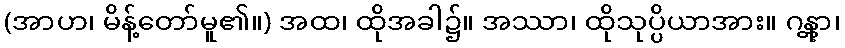
(အာဟ၊ မိန့်တော်မူ၏။) အထ၊ ထိုအခါ၌။ အဿာ၊ ထိုသုပ္ပိယာအား။ ဂန္တွာ၊